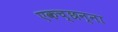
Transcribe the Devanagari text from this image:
एकच्छन्ना